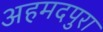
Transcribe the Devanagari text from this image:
अहमदपुरा